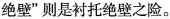
绝壁”则是衬托绝壁之险。